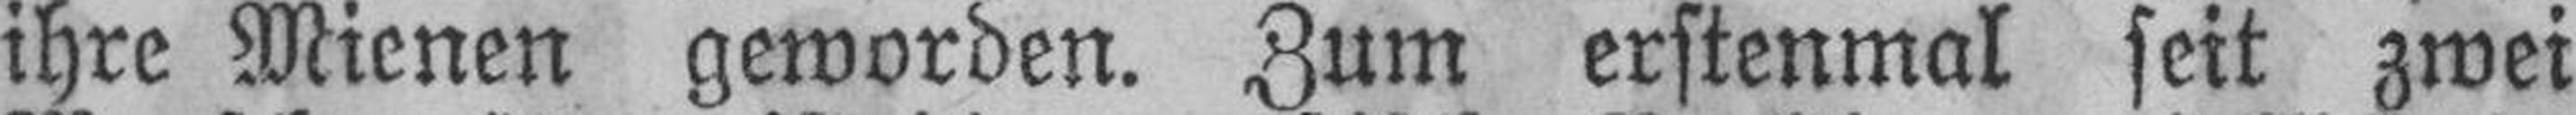
ihre Mienen geworden. Zum erstenmal seit zwei